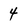
Character: 4